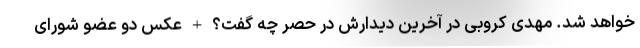
خواهد شد. مهدی کروبی در آخرین دیدارش در حصر چه گفت؟ + عکس دو عضو شورای